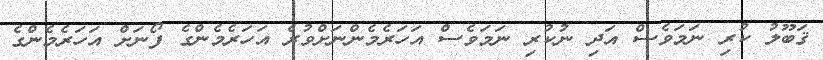
ޤަބޫލު ކުރި ނަމަވެސް އަދި ނުކުރި ނަމަވެސް އަހަރެމެންނަށްވުރެ އަހަރެމެންގެ ފޯނަށް އަހަރެމެންގެ